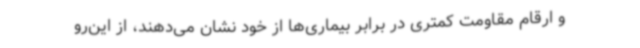
و ارقام مقاومت کمتری در برابر بیماری‌ها از خود نشان می‌دهند، از این‌رو